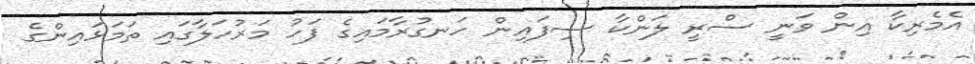
އެމެރިކާ އިން ވަނީ ސްރީ ލަންކާ ސިފައިން ހަނގުރާމައިގެ ފަހު މަރުހަލާގައި ތަމަޅައިންގެ